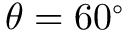
\theta = 6 0 ^ { \circ }